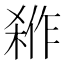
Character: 𭫇